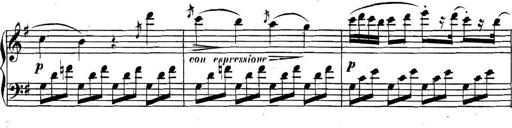
Title: Collected Piano Sonatas
Composer: Muzio Clementi